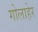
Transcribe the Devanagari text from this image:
गोलाहेर